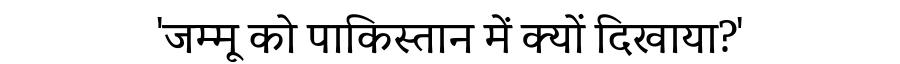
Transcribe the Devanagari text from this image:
'जम्मू को पाकिस्तान में क्यों दिखाया?'